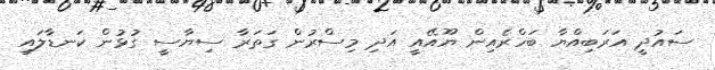
ސައުދީ އަރަބިއްޔާ ބަހްރެއިން ޔޫއޭއީ އަދި މިސްރުން ގަތަރާ ސިޔާސީ ގުޅުން ކަނޑާލައި